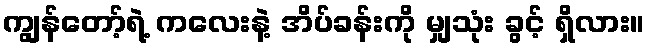
ကျွန်တော့်ရဲ့ ကလေးနဲ့ အိပ်ခန်းကို မျှသုံး ခွင့် ရှိလား။